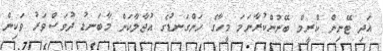
އަދި ޓޭނިން ކްރީމް ބޭނުންކުރާނަމަ މީހާގެ ހަންގަނޑުގެ އުޖާލާކަން މާބަނޑު ދުވަސްވަރު ވަކިން